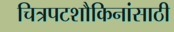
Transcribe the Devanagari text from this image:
चित्रपटशौकिनांसाठी